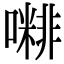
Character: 𡁭